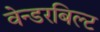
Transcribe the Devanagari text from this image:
वेन्डरबिल्ट